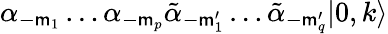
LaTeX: \alpha_{-\mathsf{m}_{1}}\ldots\alpha_{-\mathsf{m}_{p}}\tilde{{\alpha}}_{-\mathsf{m}_{1}^{\prime}}\ldots\tilde{{\alpha}}_{-\mathsf{m}_{q}^{\prime}}|0,k\rangle